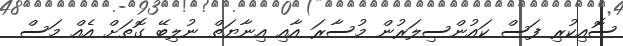
ސޮއިކުރި ފަސް ކައުންސިލަރުން މުސާރަ އާއި އިނާޔަތް ނުލިބޭ ގޮތަށް އެއް މަސް